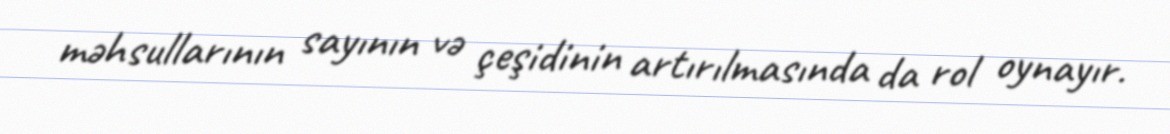
məhsullarının sayının və çeşidinin artırılmasında da rol oynayır.